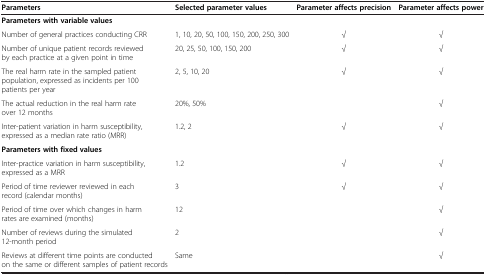
<table><thead><tr><td><b>Parameters</b></td><td><b>Selected parameter values</b></td><td><b>Parameter affects precision</b></td><td><b>Parameter affects power</b></td></tr></thead><tbody><tr><td><b>Parameters with variable values</b></td><td> </td><td> </td><td> </td></tr><tr><td>Number of general practices conducting CRR</td><td>1, 10, 20, 50, 100, 150, 200, 250, 300</td><td>√</td><td>√</td></tr><tr><td>Number of unique patient records reviewed by each practice at a given point in time</td><td>20, 25, 50, 100, 150, 200</td><td>√</td><td>√</td></tr><tr><td>The real harm rate in the sampled patient population, expressed as incidents per 100 patients per year</td><td>2, 5, 10, 20</td><td>√</td><td>√</td></tr><tr><td>The actual reduction in the real harm rate over 12 months</td><td>20%, 50%</td><td> </td><td>√</td></tr><tr><td>Inter-patient variation in harm susceptibility, expressed as a median rate ratio (MRR)</td><td>1.2, 2</td><td>√</td><td>√</td></tr><tr><td><b>Parameters with fixed values</b></td><td> </td><td> </td><td> </td></tr><tr><td>Inter-practice variation in harm susceptibility, expressed as a MRR</td><td>1.2</td><td>√</td><td>√</td></tr><tr><td>Period of time reviewer reviewed in each record (calendar months)</td><td>3</td><td>√</td><td>√</td></tr><tr><td>Period of time over which changes in harm rates are examined (months)</td><td>12</td><td> </td><td>√</td></tr><tr><td>Number of reviews during the simulated 12-month period</td><td>2</td><td> </td><td>√</td></tr><tr><td>Reviews at different time points are conducted on the same or different samples of patient records</td><td>Same</td><td> </td><td>√</td></tr></tbody></table>